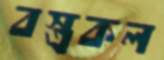
বস্ত্রকল